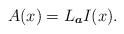
LaTeX: \begin{align*}A(x)=L_{\boldsymbol{a}}I(x).\end{align*}